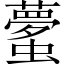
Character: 𲀎